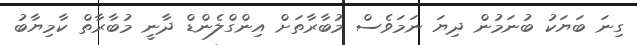
ގިނަ ބަޔަކު ބުނަމުން ދިޔަ ނަމަވެސް މުބާރާތަށް އިންގްލެންޑް ދާނީ މުބާރާތް ކާމިޔާބު